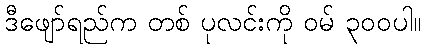
ဒီဖျော်ရည်က တစ် ပုလင်းကို ဝမ် ၃၀၀ပါ။